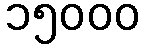
၁၅၀၀၀